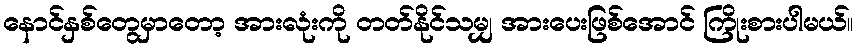
နောင်နှစ်တွေမှာတော့ အားလုံးကို တတ်နိုင်သမျှ အားပေးဖြစ်အောင် ကြိုးစားပါမယ်။